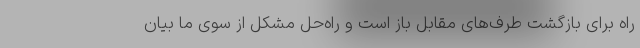
راه برای بازگشت طرف‌های مقابل باز است و راه‌حل مشکل از سوی ما بیان